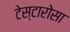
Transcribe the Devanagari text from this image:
टेस्टारोसा